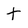
Character: t